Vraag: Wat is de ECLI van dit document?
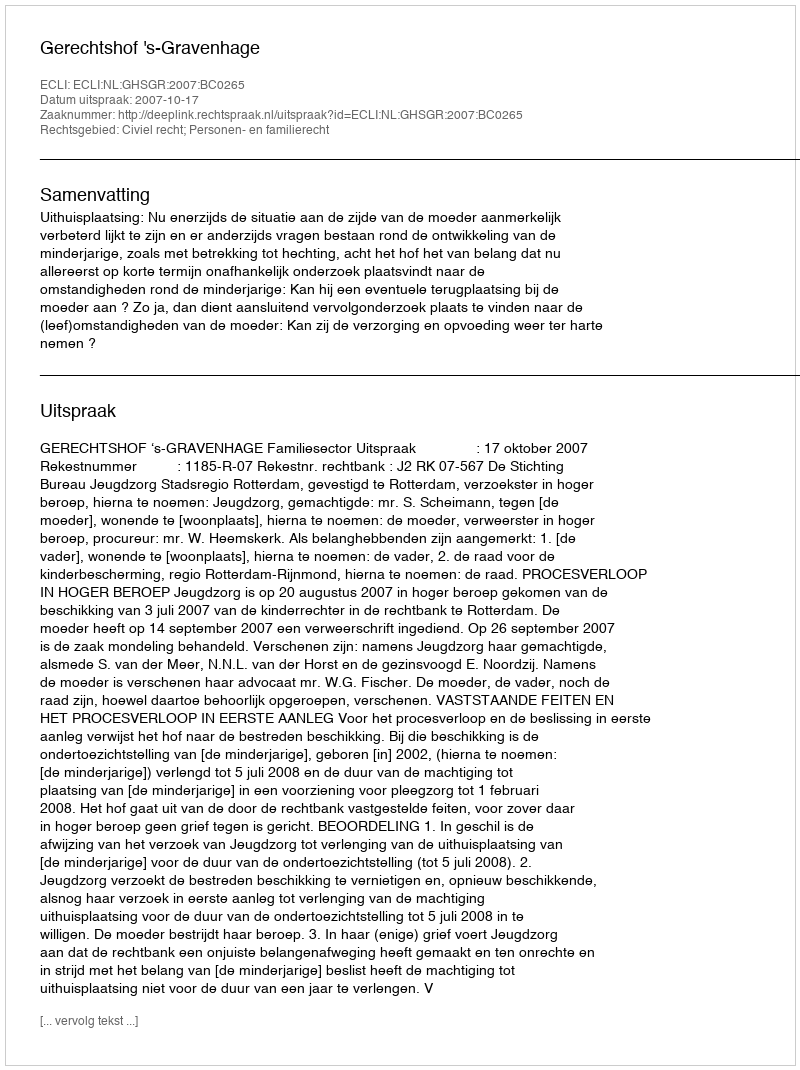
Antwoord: ECLI:NL:GHSGR:2007:BC0265